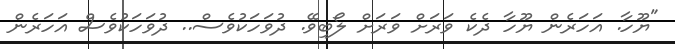
"ޔޫހާ. އަހަރެން ޔޫހާ ދެކެ ވަރަށް ވަރަށް ލޯބިވޭ. ދުވަހަކުވެސް.. ދުވަހަކުވެސް އަހަރެން